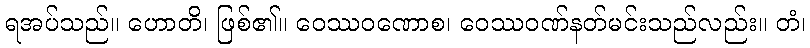
ရအပ်သည်။ ဟောတိ၊ ဖြစ်၏။ ဝေဿဝဏောစ၊ ဝေဿဝဏ်နတ်မင်းသည်လည်း။ တံ၊